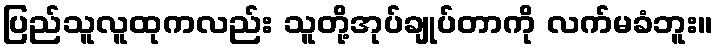
ပြည်သူလူထုကလည်း သူတို့အုပ်ချုပ်တာကို လက်မခံဘူး။